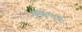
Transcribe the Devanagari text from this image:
९११६